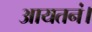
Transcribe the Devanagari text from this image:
आयतनं।